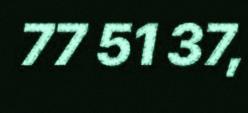
77 51 37,